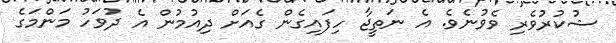
ޝުކުރުވެރި ވެވުނެވެ. އެ ނަތީޖާ ހިފައިގެން ގެއަށް ދިއުމުން އެ ދުވަހު މަންމަގެ